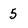
Character: 5